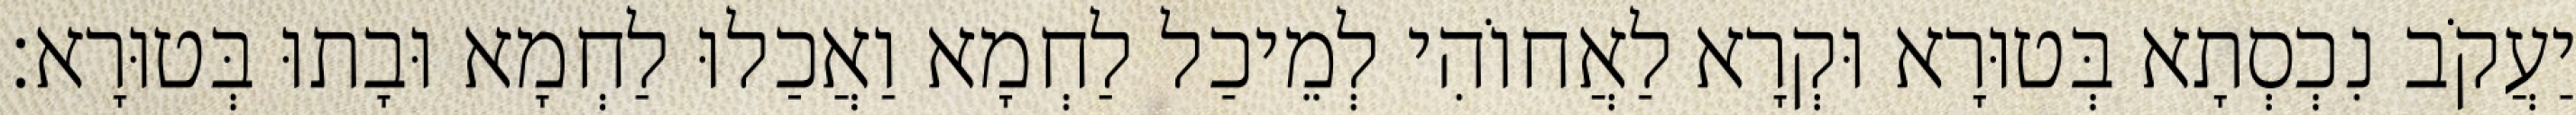
יַעֲקֹב נִכְסְתָא בְּטוּרָא וּקְרָא לַאֲחוֹהִי לְמֵיכַל לַחְמָא וַאֲכַלוּ לַחְמָא וּבָתוּ בְּטוּרָא׃